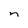
Character: n